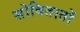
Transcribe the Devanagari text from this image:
सोवितातों